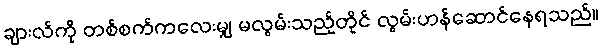
ချားလ်ကို တစ်စက်ကလေးမျှ မလွမ်းသည့်တိုင် လွမ်းဟန်ဆောင်နေရသည်။